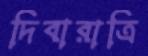
দিবারাত্রি